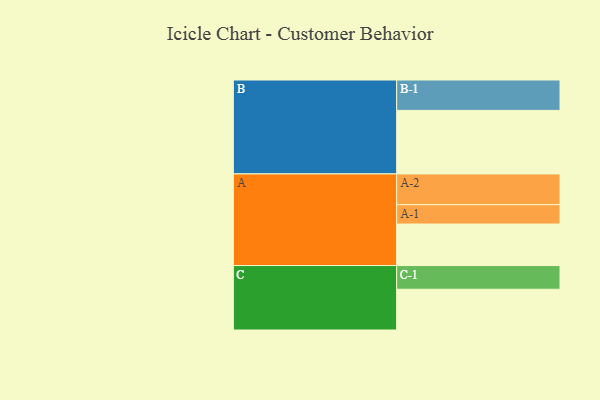
{"axis": {"x": "Segment", "y": "Value"}, "legend": ["", "A", "B", "C"], "data": [{"x": "A", "y": 373, "type": ""}, {"x": "B", "y": 571, "type": ""}, {"x": "C", "y": 366, "type": ""}, {"x": "A-1", "y": 174, "type": "A"}, {"x": "A-2", "y": 276, "type": "A"}, {"x": "B-1", "y": 273, "type": "B"}, {"x": "C-1", "y": 213, "type": "C"}]}